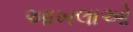
આખલાઓ